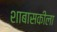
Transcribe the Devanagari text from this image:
शाबासकीला